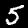
Label: 5